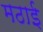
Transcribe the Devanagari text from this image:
मठाई